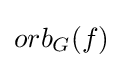
orb_{G}(f)